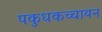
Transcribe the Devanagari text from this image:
पकुधकच्चायन